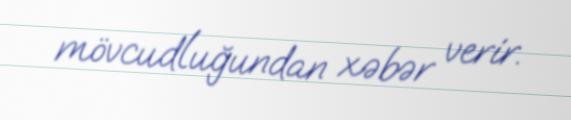
mövcudluğundan xəbər verir.